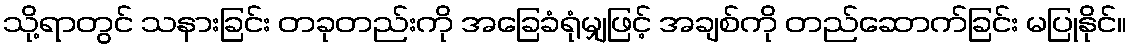
သို့ရာတွင် သနားခြင်း တခုတည်းကို အခြေခံရုံမျှဖြင့် အချစ်ကို တည်ဆောက်ခြင်း မပြုနိုင်။